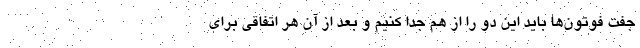
جفت فوتون‌ها باید این دو را از هم جدا کنیم و بعد از آن هر اتفاقی برای